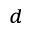
_ d